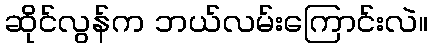
ဆိုင်လွန်က ဘယ်လမ်းကြောင်းလဲ။